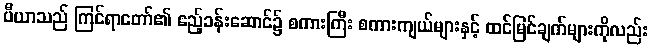
ပီယာသည် ကြင်ရာတော်၏ ဧည့်ခန်းဆောင်၌ စကားကြီး စကားကျယ်များနှင့် ထင်မြင်ချက်များကိုလည်း